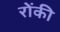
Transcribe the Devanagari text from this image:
रोंकी